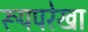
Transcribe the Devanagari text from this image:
रूपपरेखा